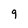
Character: 9